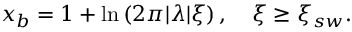
\begin{array} { r } { x _ { b } = 1 + \mathrm { l n } \left( 2 \pi | \lambda | \xi \right) , ~ ~ ~ \xi \geq \xi _ { s w } . } \end{array}